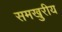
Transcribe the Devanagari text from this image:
समखुरीय